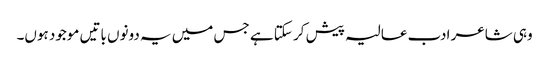
وہی شاعر ادب عالیہ پیش کر سکتا ہے جس میں یہ دونوں باتیں موجود ہوں۔